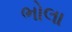
ભોલા